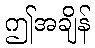
ဤအချိန်